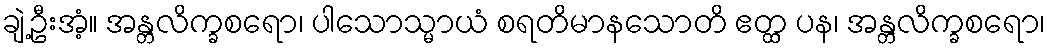
ချဲ့ဦးအံ့။ အန္တလိက္ခစရော၊ ပါသောသ္မာယံ စရတိမာနသောတိ ဧတ္ထ ပန၊ အန္တလိက္ခစရော၊